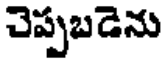
చెప్పబడెను